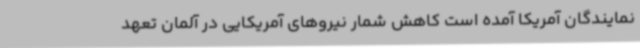
نمایندگان آمریکا آمده است کاهش شمار نیروهای آمریکایی در آلمان تعهد